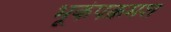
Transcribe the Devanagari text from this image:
भूकंपक्रमश